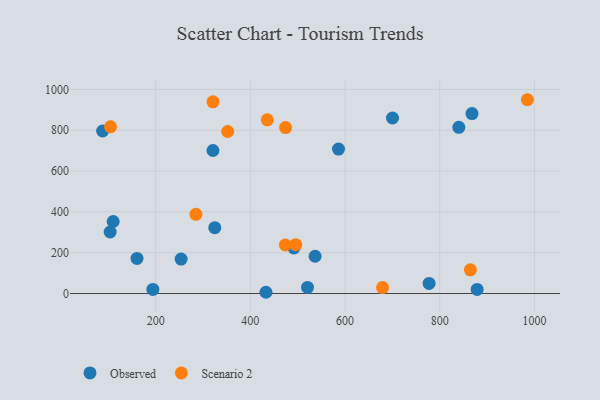
{"axis": {"x": "Investment", "y": "Yield"}, "legend": ["Observed", "Scenario 2"], "data": [{"x": "700.2", "y": 860.2, "type": "Observed"}, {"x": "321.0", "y": 700.9, "type": "Observed"}, {"x": "492.0", "y": 223.4, "type": "Observed"}, {"x": "586.2", "y": 707.7, "type": "Observed"}, {"x": "160.6", "y": 172.0, "type": "Observed"}, {"x": "868.1", "y": 881.9, "type": "Observed"}, {"x": "194.1", "y": 19.9, "type": "Observed"}, {"x": "103.9", "y": 301.5, "type": "Observed"}, {"x": "777.5", "y": 49.4, "type": "Observed"}, {"x": "253.8", "y": 168.8, "type": "Observed"}, {"x": "433.0", "y": 6.0, "type": "Observed"}, {"x": "324.9", "y": 322.8, "type": "Observed"}, {"x": "536.8", "y": 182.5, "type": "Observed"}, {"x": "110.3", "y": 353.0, "type": "Observed"}, {"x": "879.0", "y": 19.8, "type": "Observed"}, {"x": "88.0", "y": 796.6, "type": "Observed"}, {"x": "520.7", "y": 29.7, "type": "Observed"}, {"x": "840.3", "y": 814.7, "type": "Observed"}, {"x": "104.7", "y": 817.4, "type": "Scenario 2"}, {"x": "321.1", "y": 939.6, "type": "Scenario 2"}, {"x": "864.7", "y": 115.8, "type": "Scenario 2"}, {"x": "352.0", "y": 794.0, "type": "Scenario 2"}, {"x": "495.9", "y": 239.1, "type": "Scenario 2"}, {"x": "285.0", "y": 388.0, "type": "Scenario 2"}, {"x": "985.1", "y": 949.8, "type": "Scenario 2"}, {"x": "435.8", "y": 851.5, "type": "Scenario 2"}, {"x": "474.0", "y": 237.7, "type": "Scenario 2"}, {"x": "474.4", "y": 813.4, "type": "Scenario 2"}, {"x": "679.2", "y": 29.0, "type": "Scenario 2"}]}